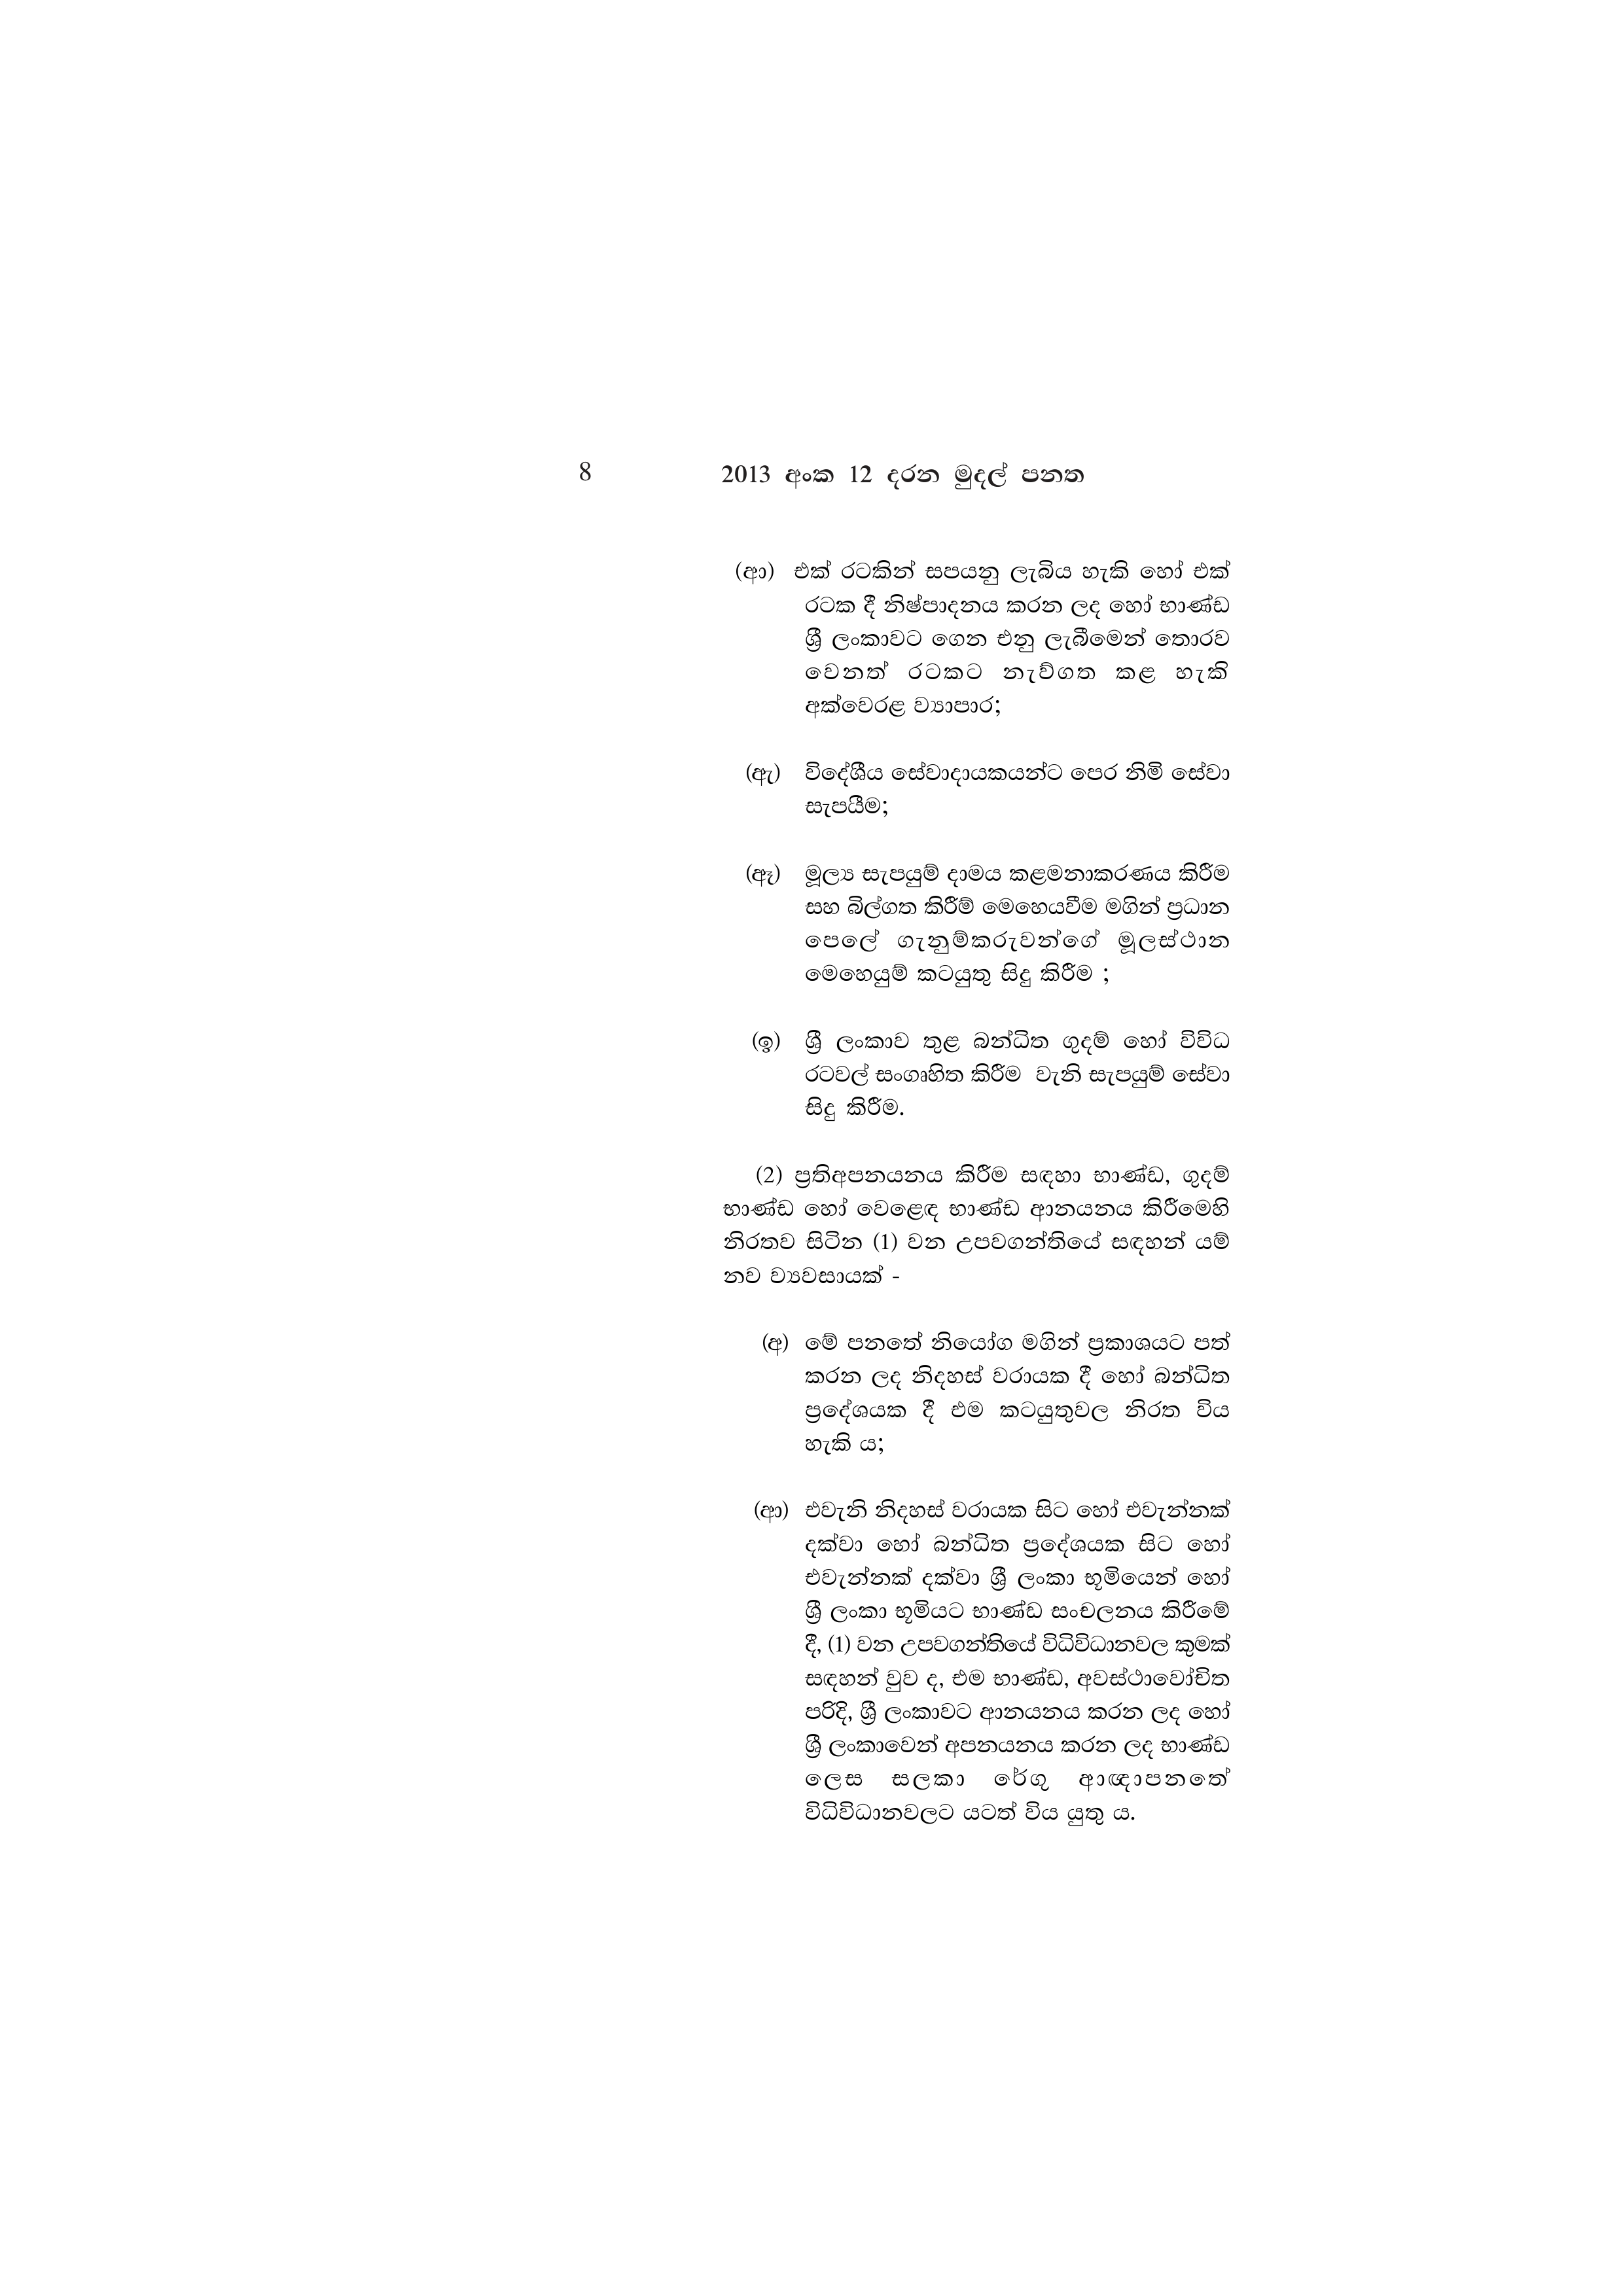
8 2013 අංක 12 දරන මුදල් පනත

(ආ) එක් රටකින් සපයනු ලැබිය හැකි හෝ එක්
රටක දී නිෂ්පාදනය කරන ලද හෝ භාණ්ඩ
ශ්‍රී ලංකාවට ගෙන එනු ලැබීමෙන් තොරව
වෙනත් රටකට නැව්ගත කළ හැකි
අක්වෙරළ ව්‍යාපාර;

(ඇ) විදේශීය සේවාදායකයන්ට පෙර නිමි සේවා
සැපයීම;

(ඈ) මූල්‍ය සැපයුම් දාමය කළමනාකරණය කිරීම
සහ බිල්ගත කිරීම් මෙහෙයවීම මගින් ප්‍රධාන
පෙලේ ගැනුම්කරුවන්ගේ මූලස්ථාන
මෙහෙයුම් කටයුතු සිදු කිරීම ;

(ඉ) ශ්‍රී ලංකාව තුළ බන්ධිත ගුදම් හෝ විවිධ
රටවල් සංගෘහිත කිරීම වැනි සැපයුම් සේවා
සිදු කිරීම.

(2) ප්‍රතිඅපනයනය කිරීම සඳහා භාණ්ඩ, ගුදම්
භාණ්ඩ හෝ වෙළෙඳ භාණ්ඩ ආනයනය කිරීමෙහි
නිරතව සිටින (1) වන උපවගන්තියේ සඳහන් යම්
නව ව්‍යවසායක් -

(අ) මේ පනතේ නියෝග මගින් ප්‍රකාශයට පත්
කරන ලද නිදහස් වරායක දී හෝ බන්ධිත
ප්‍රදේශයක දී එම කටයුතුවල නිරත විය
හැකි ය;

(ආ) එවැනි නිදහස් වරායක සිට හෝ එවැන්නක්
දක්වා හෝ බන්ධිත ප්‍රදේශයක සිට හෝ
එවැන්නක් දක්වා ශ්‍රී ලංකා භූමියෙන් හෝ
ශ්‍රී ලංකා භූමියට භාණ්ඩ සංචලනය කිරීමේ
දී, (1) වන උපවගන්තියේ විධිවිධානවල කුමක්
සඳහන් වුව ද, එම භාණ්ඩ, අවස්ථාවෝචිත
පරිදි, ශ්‍රී ලංකාවට ආනයනය කරන ලද හෝ
ශ්‍රී ලංකාවෙන් අපනයනය කරන ලද භාණ්ඩ
ලෙස සලකා රේගු ආඥාපනතේ
විධිවිධානවලට යටත් විය යුතු ය.